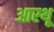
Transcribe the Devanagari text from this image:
आरथू